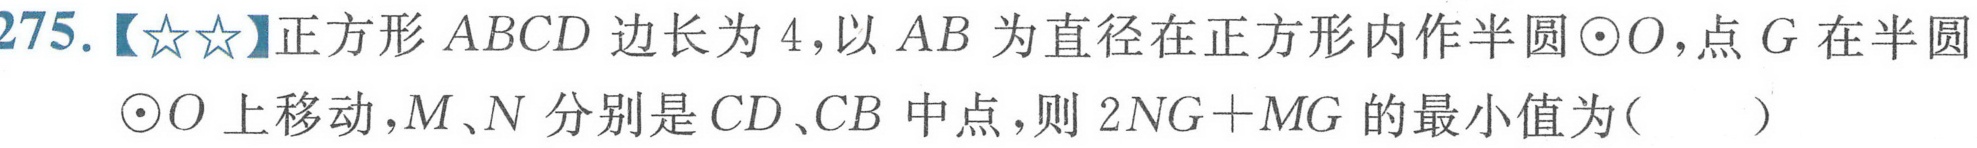
275.【☆☆】正方形$ABCD$边长为$4$，以$AB$为直径在正方形内作半圆$\odot O$，点$G$在半圆$\odot O$上移动，$M、N$分别是$CD、CB$中点，则$2NG + MG$的最小值为( )